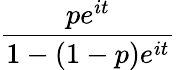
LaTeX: \frac{pe^{it}}{1-(1-p)e^{it}}